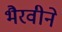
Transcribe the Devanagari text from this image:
भैरवीने